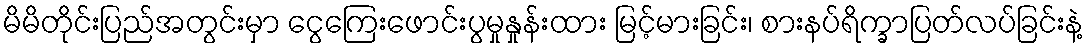
မိမိတိုင်းပြည်အတွင်းမှာ ငွေကြေးဖောင်းပွမှုနှုန်းထား မြင့်မားခြင်း၊ စားနပ်ရိက္ခာပြတ်လပ်ခြင်းနဲ့